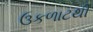
ઉકળાટથી